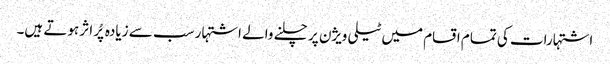
اشتہارات کی تمام اقسام میں ٹیلی ویژن پر چلنے والے اشتہار سب سے زیادہ پُر اثر ہوتے ہیں۔